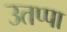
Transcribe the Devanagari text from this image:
उतप्पा